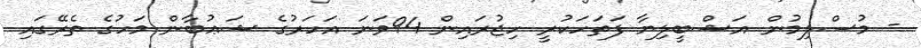
- މުސްލިމުން އަޝްބީލިޔާ ފަތަހަކުރީ ހިޖުރައިން 94ވަނަ އަހަރުގެ ޝަޢުބާން މަހުގެ ތެރޭގައި